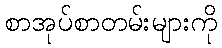
စာအုပ်စာတမ်းများကို